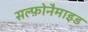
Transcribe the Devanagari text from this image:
सल्फ़ोनैमाइड